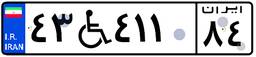
۱۶W۱۹۴۴۱